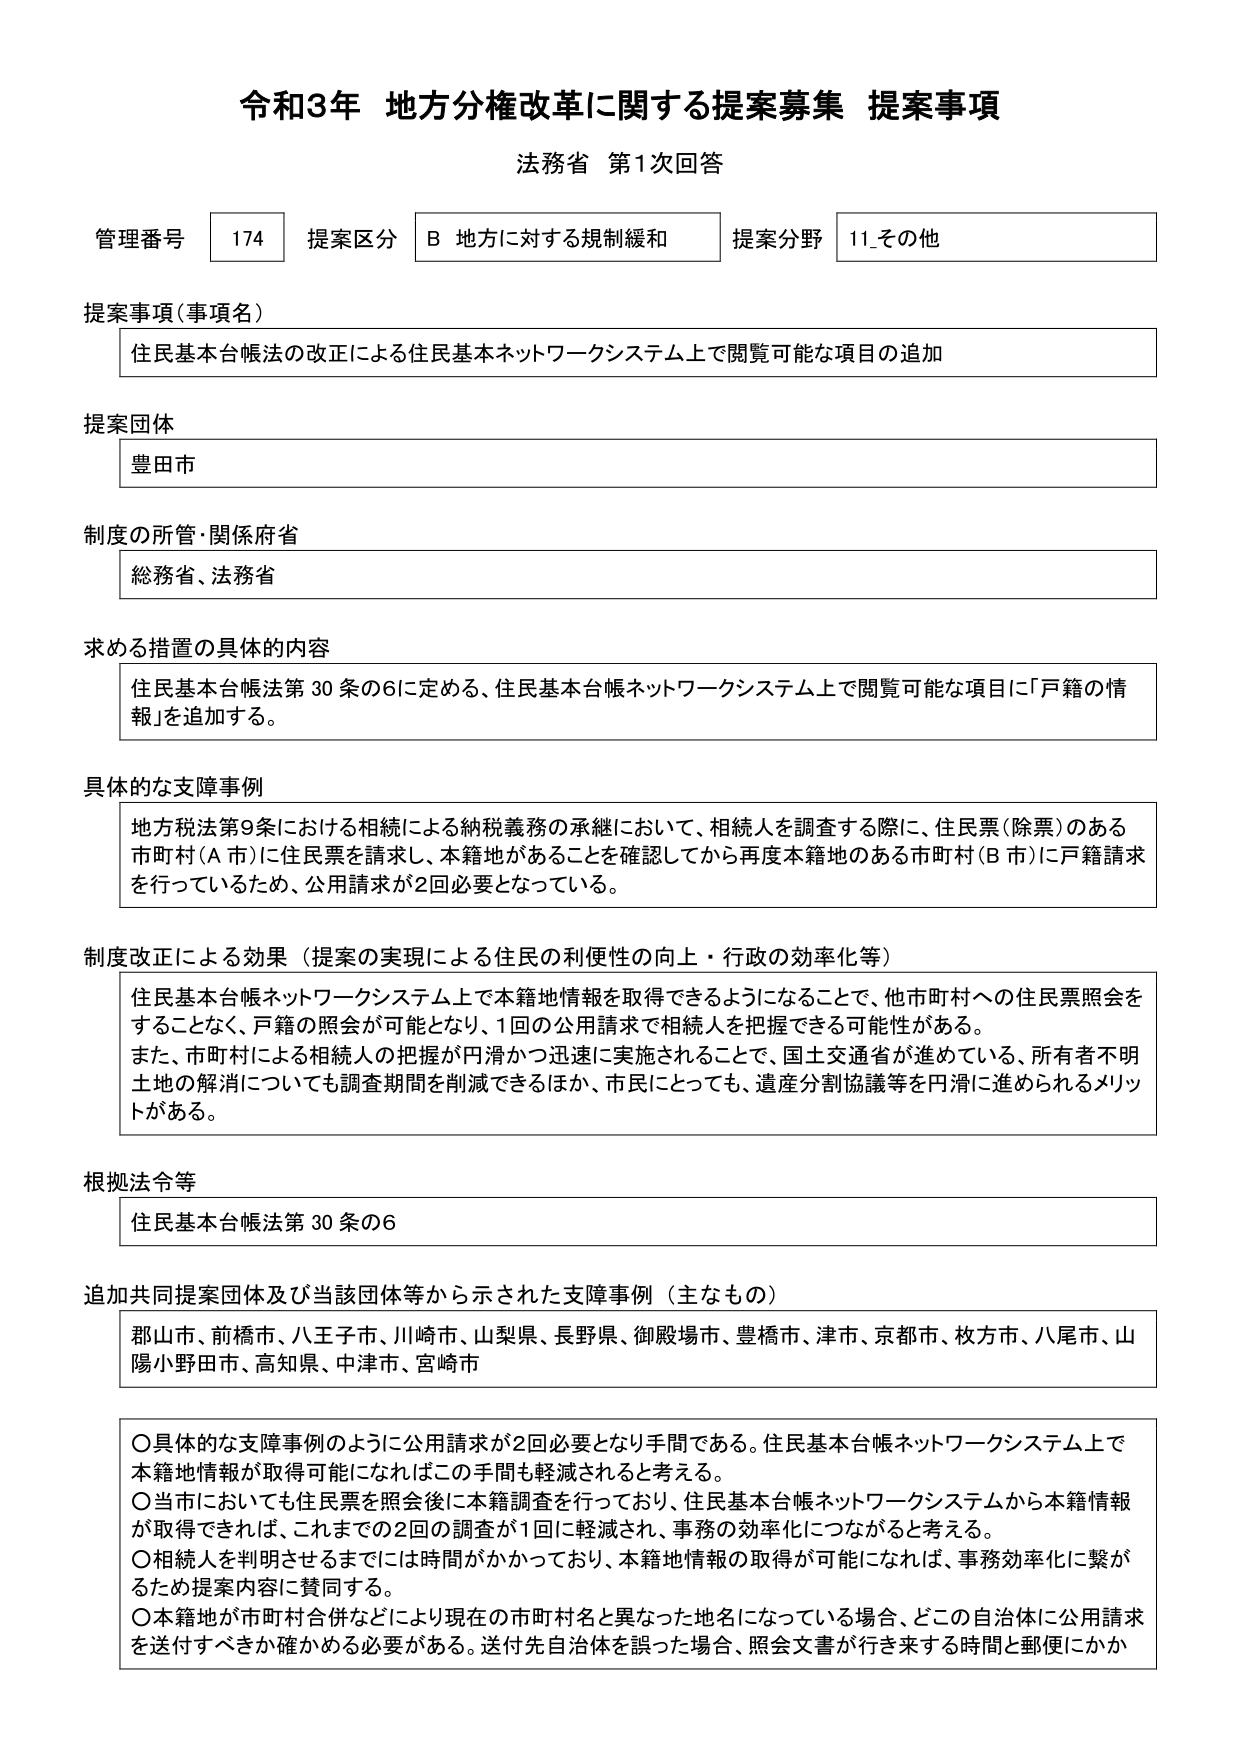
令和3年 地方分権改革に関する提案募集 提案事項
法務省 第1次回答

管理番号 174 提案区分 B 地方に対する規制緩和 提案分野 11_その他

提案事項（事項名）
住民基本台帳法の改正による住民基本ネットワークシステム上で閲覧可能な項目の追加

提案団体
豊田市

制度の所管・関係府省
総務省、法務省

求める措置の具体的内容
住民基本台帳法第30条の6に定める、住民基本台帳ネットワークシステム上で閲覧可能な項目に「戸籍の情報」を追加する。

具体的な支障事例
地方税法第9条における相続による納税義務の承継において、相続人を調査する際に、住民票（除票）のある市町村（A市）に住民票を請求し、本籍地があることを確認してから再度本籍地のある市町村（B市）に戸籍請求を行っているため、公用請求が2回必要となっている。

制度改正による効果（提案の実現による住民の利便性の向上・行政の効率化等）
住民基本台帳ネットワークシステム上で本籍地情報を取得できるようになることで、他市町村への住民票照会をすることなく、戸籍の照会が可能となり、1回の公用請求で相続人を把握できる可能性がある。
また、市町村による相続人の把握が円滑かつ迅速に実施されることで、国土交通省が進めている、所有者不明土地の解消についても調査期間を削減できるほか、市民にとっても、遺産分割協議等を円滑に進められるメリットがある。

根拠法令等
住民基本台帳法第30条の6

追加共同提案団体及び当該団体等から示された支障事例（主なもの）
郡山市、前橋市、八王子市、川崎市、山梨県、長野県、御殿場市、豊橋市、津市、京都市、枚方市、八尾市、山陽小野田市、高知県、中津市、宮崎市

〇具体的な支障事例のように公用請求が2回必要となり手間である。住民基本台帳ネットワークシステム上で本籍地情報が取得可能になればこの手間も軽減されると考える。
〇当市においても住民票を照会後に本籍調査を行っており、住民基本台帳ネットワークシステムから本籍情報が取得できれば、これまでの2回の調査が1回に軽減され、事務の効率化につながると考える。
〇相続人を判明させるまでには時間がかかっており、本籍地情報の取得が可能になれば、事務効率化に繋がるため提案内容に賛同する。
〇本籍地が市町村合併などにより現在の市町村名と異なった地名になっている場合、どこの自治体に公用請求を送付すべきか確かめる必要がある。送付先自治体を誤った場合、照会文書が行き来する時間と郵便にかか